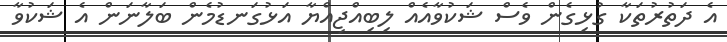
އެ ދަތުރުތަކާ ގުޅިގެން ވެސް ޝަކުވާއެއް ލިބިއްޖިއްޔާ އަޅުގަނޑުމެން ބަލާނަން އެ ޝަކުވާ